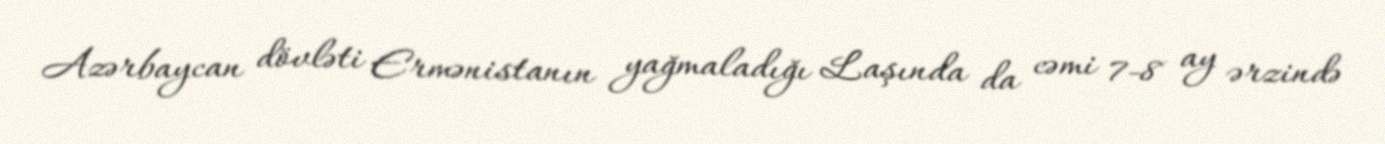
Azərbaycan dövləti Ermənistanın yağmaladığı Laşında da cəmi 7-8 ay ərzində